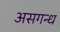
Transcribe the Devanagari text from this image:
असगन्ध